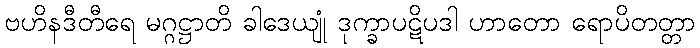
ဗဟိနဒီတီရေ မဂ္ဂဋ္ဌာတိ ခါဒေယျုံ ဒုက္ခာပဋိပဒါ ဟာတော ရောပိတတ္တာ